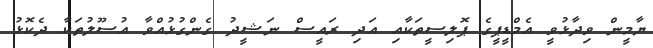
ޔާމީން ވިދާޅުވީ އެމްޑީޕީގެ ޕޮލިސީތަކާއި އަދި ރައީސް ނަޝީދު ގެންގުޅުއްވާ އުސޫލުތަކާ ދެކޮޅު